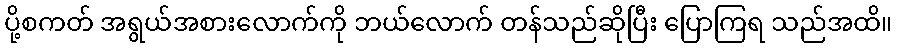
ပို့စကတ် အရွယ်အစားလောက်ကို ဘယ်လောက် တန်သည်ဆိုပြီး ပြောကြရ သည်အထိ။